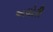
અઘોરી